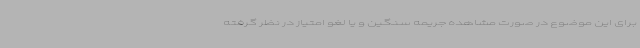
برای این موضوع در صورت مشاهده جریمه سنگین و یا لغو امتیاز در نظر گرفته